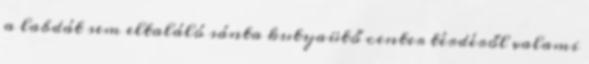
a labdát sem eltaláló sánta kutyaütő center térdéről valami